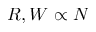
R , W \propto N